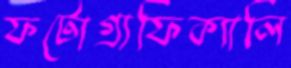
ফটোগ্রাফিক্যালি